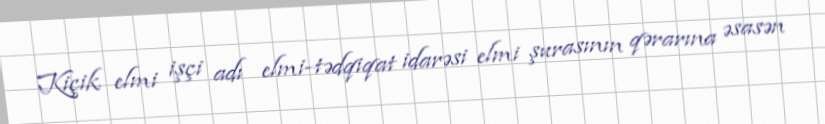
Kiçik elmi işçi adı elmi-tədqiqat idarəsi elmi şurasının qərarına əsasən